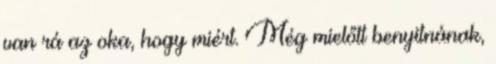
van rá az oka, hogy miért. Még mielőtt benyitnának,